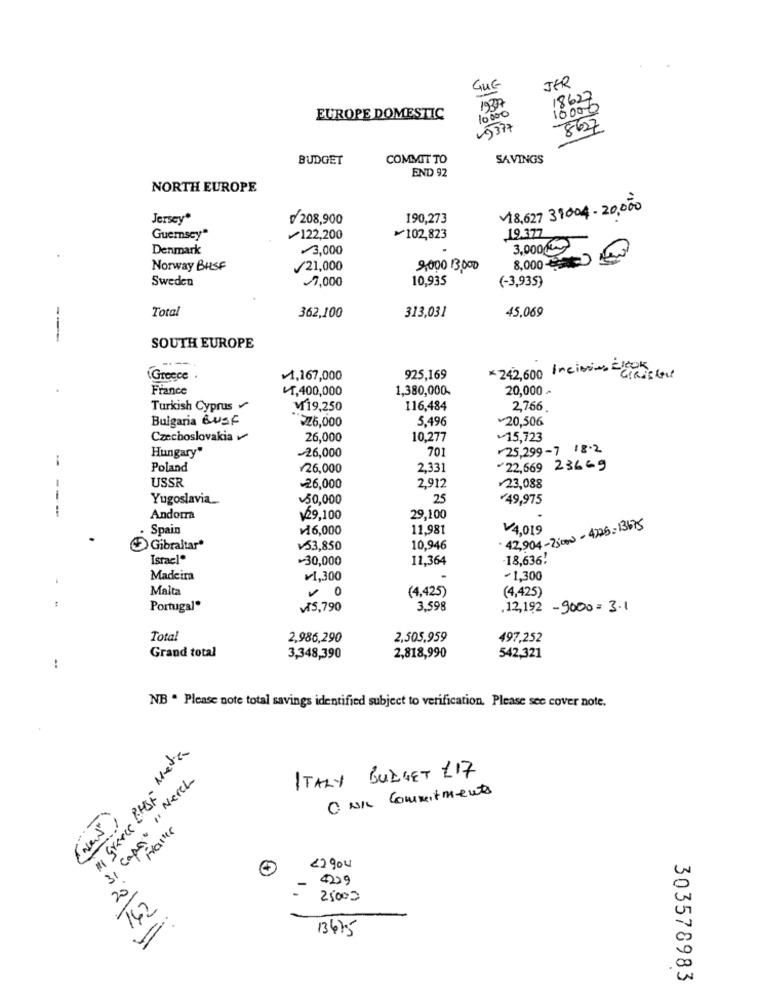
QUE
JER
1907
18627
10000
EUROPE DOMESTIC
49377
8627
BUDGET
COMMIT TO
SAVINGS
END 92
NORTH EUROPE
V18,627 31004- 20,000
Jersey"
208,900
190,273
19.377
Guernsey"
₩122,200
₱102,823
Denmark
¥3,000
3,000
8,000
Norway BHSF
21,000
2,000 13,000
Sweden
77,000
10,935
(-3,935)
Total
362,100
45,069
313,031
--
SOUTH EUROPE
(Greece
¥1,167,000
925,169
*242,600 Incivins =Cichsen
France
44,400,000
1,380,000-
20,000 .
Turkish Cyprus
M19,250
116,484
2.766
Bulgaria Bust
226,000
5,496
20,506
Czechoslovakia
26,000
10,277
15,723
Hungary"
-26,000
701
25,299-7 18.2
--
Poland
¥26,000
2,331
22,669 23669
USSR
26,000
2,912
¥23,088
--
Yugoslavia __
¥50,000
25
¥49,975
Andorra
129,100
29,100
.
Spain
¥16,000
11,981
V4,019
42,904-25000-4225=13675
Gibraltar*
¥53,850
10,946
Israel®
30,000
11,364
18,636!
Madeira
¥1,300
+1,300
Malta
O
(4,425)
(4,425)
Portugal*
VIS,790
3,598
.12,192 -9000=3.1
Total
2,986,290
2,505,959
497,252
Grand total
3,348,390
2,818,990
542,321
:
NB . Please note total savings identified subject to verification. Please see cover note.
"1 Greece Prega Media
31 capa. ". Nerch
ITALY BUDGET 117
O DIL Commitments
(New)
Faire
22904
20"
4229
25000
742
13475
303578983